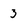
Character: 3